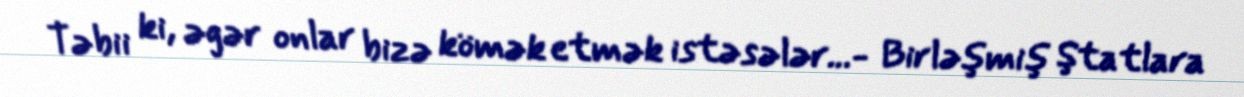
Təbii ki, əgər onlar bizə kömək etmək istəsələr...- Birləşmiş Ştatlara